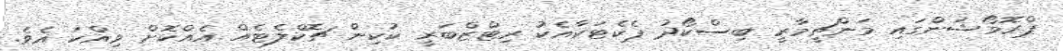
ޕްރޮމޯޝަންގައި މަންޗީމާރީ ބިސްކޯދު ޕެކެޓަކާއެކު ރިޓްޒްބަރީ ކުކިން ޗޮކްލެޓެއް އެއްކޮށް ވިއްކަ އެވެ.